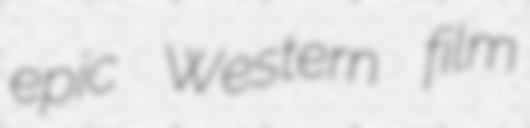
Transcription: epic Western film